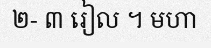
២- ៣ រៀល ។ មហា